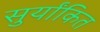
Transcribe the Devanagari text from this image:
सुर्यांकित